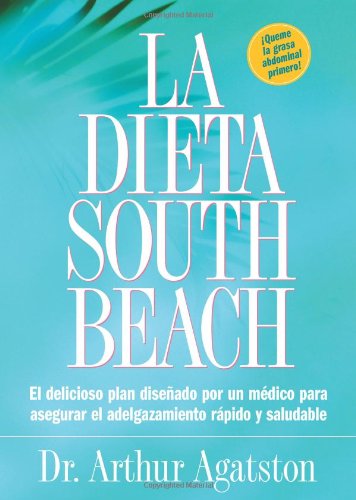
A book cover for La Dieta South Beach: El delicioso plan disenado por un medico para asegurar el adelgazamiento rapido y saludable (The South Beach Diet) (Spanish Edition); Arthur Agatston; Health, Fitness & Dieting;